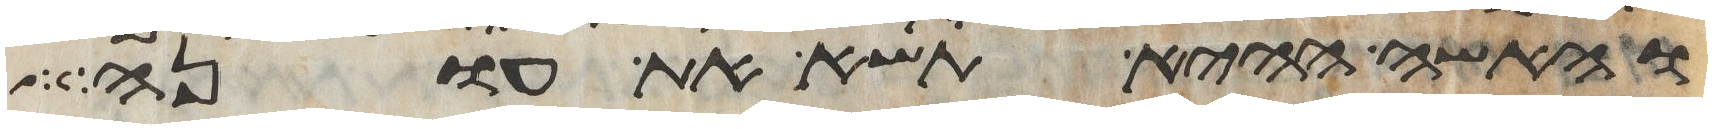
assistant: והאשה ההיא תשא את עונה